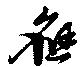
應